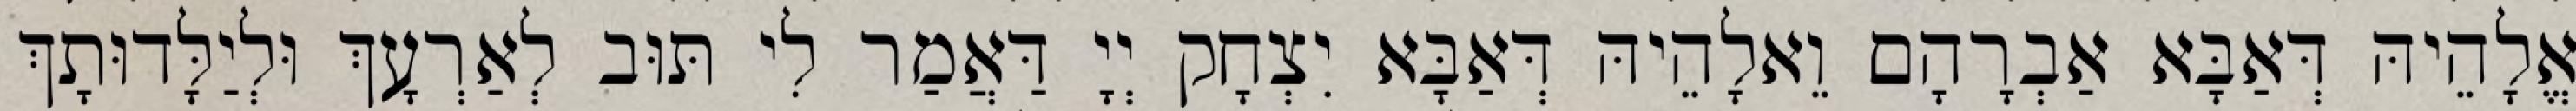
אֱלָהֵיהּ דְּאַבָּא אַבְרָהָם וֵאלָהֵיהּ דְּאַבָּא יִצְחָק יְיָ דַּאֲמַר לִי תּוּב לְאַרְעָךְ וּלְיַלָּדוּתָךְ